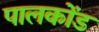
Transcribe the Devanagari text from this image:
पालकोंड